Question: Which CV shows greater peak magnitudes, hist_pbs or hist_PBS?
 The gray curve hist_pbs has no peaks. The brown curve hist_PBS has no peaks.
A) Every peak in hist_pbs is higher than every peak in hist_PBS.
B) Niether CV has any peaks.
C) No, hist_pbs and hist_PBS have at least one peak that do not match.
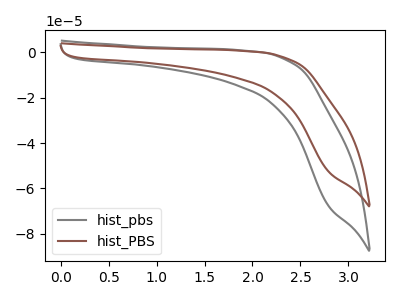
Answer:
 <answer>B) Niether CV has any peaks.</answer>
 <eval>B</eval>